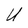
Character: U